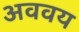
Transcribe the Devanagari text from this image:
अववय